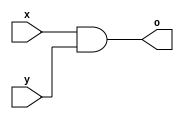
`timescale 1ns/1ps

module my_And(o, x, y);
    input x, y;
    output o;

    wire tmp_And;

    nand a0(tmp_And, x, y);
    nand a1(o, tmp_And, tmp_And);

endmodule

module my_Or(o, x, y);
    input x, y;
    output o;

    wire tmp1_Or, tmp2_Or;

    nand o0(tmp1_Or, x, x);
    nand o1(tmp2_Or, y, y);
    nand o2(o, tmp1_Or, tmp2_Or);

endmodule

module my_Nor(o, x, y);
    input x, y;
    output o;

    wire tmp1_Nor, tmp2_Nor, tmp3_Nor;

    nand n1(tmp1_Nor, x, x);
    nand n2(tmp2_Nor, y, y);
    nand n3(tmp3_Nor, tmp1_Nor, tmp2_Nor);
    nand n4(o, tmp3_Nor, tmp3_Nor);

endmodule

module my_Xor(o, x, y);
    input x, y;
    output o;

    wire tmp1_Xor, tmp2_Xor, tmp3_Xor;

    nand x0(tmp1_Xor, x, y);
    nand x1(tmp2_Xor, x, tmp1_Xor);
    nand x3(tmp3_Xor, y, tmp1_Xor);
    nand x4(o, tmp2_Xor, tmp3_Xor);

endmodule

module my_Xnor(o, x, y);
    input x, y;
    output o;

    wire tmp1_Xnor, tmp2_Xnor, tmp3_Xnor, tmp4_Xnor;

    nand x5(tmp1_Xnor, x, x);
    nand x6(tmp2_Xnor, y, y);
    nand x7(tmp3_Xnor, x, y);
    nand x8(tmp4_Xnor, tmp1_Xnor, tmp2_Xnor);
    nand x9(o, tmp3_Xnor, tmp4_Xnor);

endmodule

module my_three_Not(o, x);
    input [3-1:0] x;
    output [3-1:0] o;

    nand mn(o[0], x[0], x[0]);
    nand mn1(o[1], x[1], x[1]);
    nand mn2(o[2], x[2],x [2]);

endmodule

module And_4x1 (o, in1, in2, in3, in4); 
    input in1, in2, in3, in4;
    output o;

    wire tmp1, tmp2;

    my_And e0(tmp1, in1, in2);
    my_And e1(tmp2, in3, in4);
    my_And e2(o, tmp1, tmp2);

endmodule

module Or_4x1 (o, in1, in2, in3, in4);
    input in1, in2, in3, in4;
    output o;

    wire tmp1, tmp2;

    my_Or e3(tmp1, in1, in2);
    my_Or e4(tmp2, in3, in4);
    my_Or e9(o, tmp1, tmp2);

endmodule

module Mux_3x8 (o, x, y, s, n_s);
    input x, y;
    input [3-1:0] s, n_s;
    output o;

    wire tmp1, tmp2, tmp3, tmp4, tmp5, tmp6, tmp7, tmp8;
    wire mid1, mid2, mid3, mid4, mid5, mid6, mid7, mid8;
    wire ha1, ha2, ha3, ha4;

    nand m0(tmp1, x, y);
    And_4x1 q0(mid1, tmp1, n_s[0], n_s[1], n_s[2]);

    my_And m1(tmp2, x, y);
    And_4x1 q1(mid2, tmp2, s[0], n_s[1], n_s[2]);
    my_Or h0(ha1, mid1, mid2);
    //

    //
    my_Or m2(tmp3, x, y);
    And_4x1 q2(mid3, tmp3, n_s[0], s[1], n_s[2]);

    my_Nor m3(tmp4, x, y);
    And_4x1 q3(mid4, tmp4, s[0], s[1], n_s[2]);
    my_Or h1(ha2, mid3, mid4);
    //

    //
    my_Xor m4(tmp5, x, y);
    And_4x1 q4(mid5, tmp5, n_s[0], n_s[1], s[2]);

    my_Xnor m5(tmp6, x, y);
    And_4x1 q5(mid6, tmp6, s[0], n_s[1], s[2]);
    my_Or h2(ha3, mid5, mid6);
    //

    nand m6(tmp7, x, x);
    And_4x1 q6(mid7, tmp7, n_s[0], s[1], s[2]);
    And_4x1 q7(mid8, tmp7, s[0], s[1], s[2]);
    my_Or h3(ha4, mid7, mid8);

    Or_4x1 hhaha(o, ha1, ha2, ha3, ha4);
endmodule

module NAND_Implement(a, b, sel, out);
    input a, b;
    input [3-1:0] sel;
    output out;

    wire [3-1:0] n_sel;

    my_three_Not k0(n_sel, sel);

    
    Mux_3x8 annn(out, a, b, sel, n_sel);

endmodule